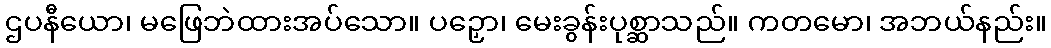
ဌပနီယော၊ မဖြေဘဲထားအပ်သော။ ပဉှော၊ မေးခွန်းပုစ္ဆာသည်။ ကတမော၊ အဘယ်နည်း။